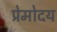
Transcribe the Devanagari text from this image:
प्रेमोदय